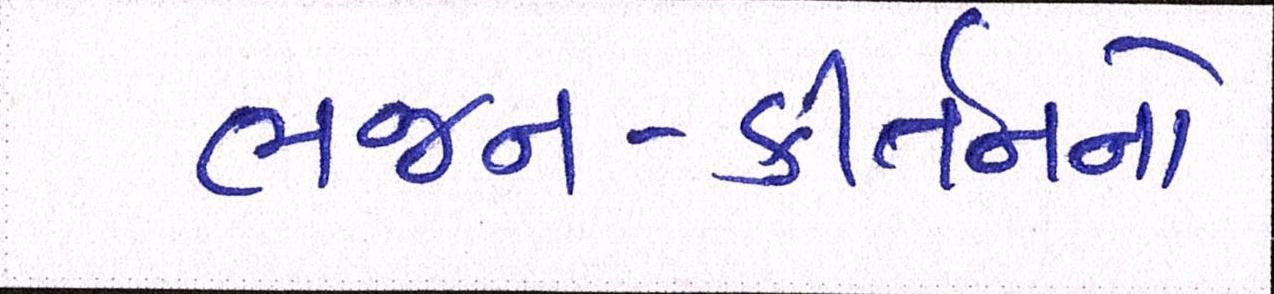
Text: ભજન-કીર્તનનો